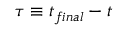
\tau \equiv t _ { f i n a l } - t